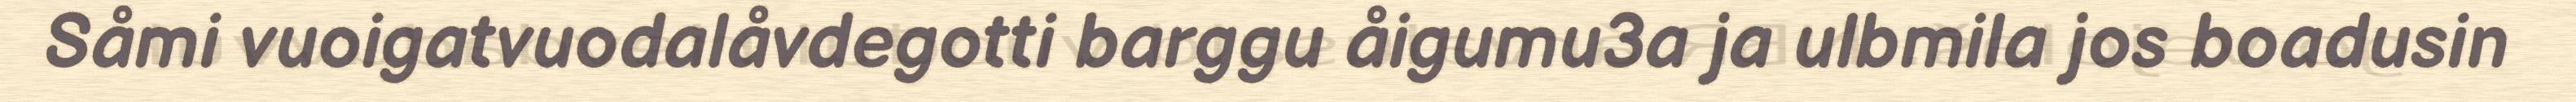
Såmi vuoigatvuodalåvdegotti barggu åigumu3a ja ulbmila jos boadusin